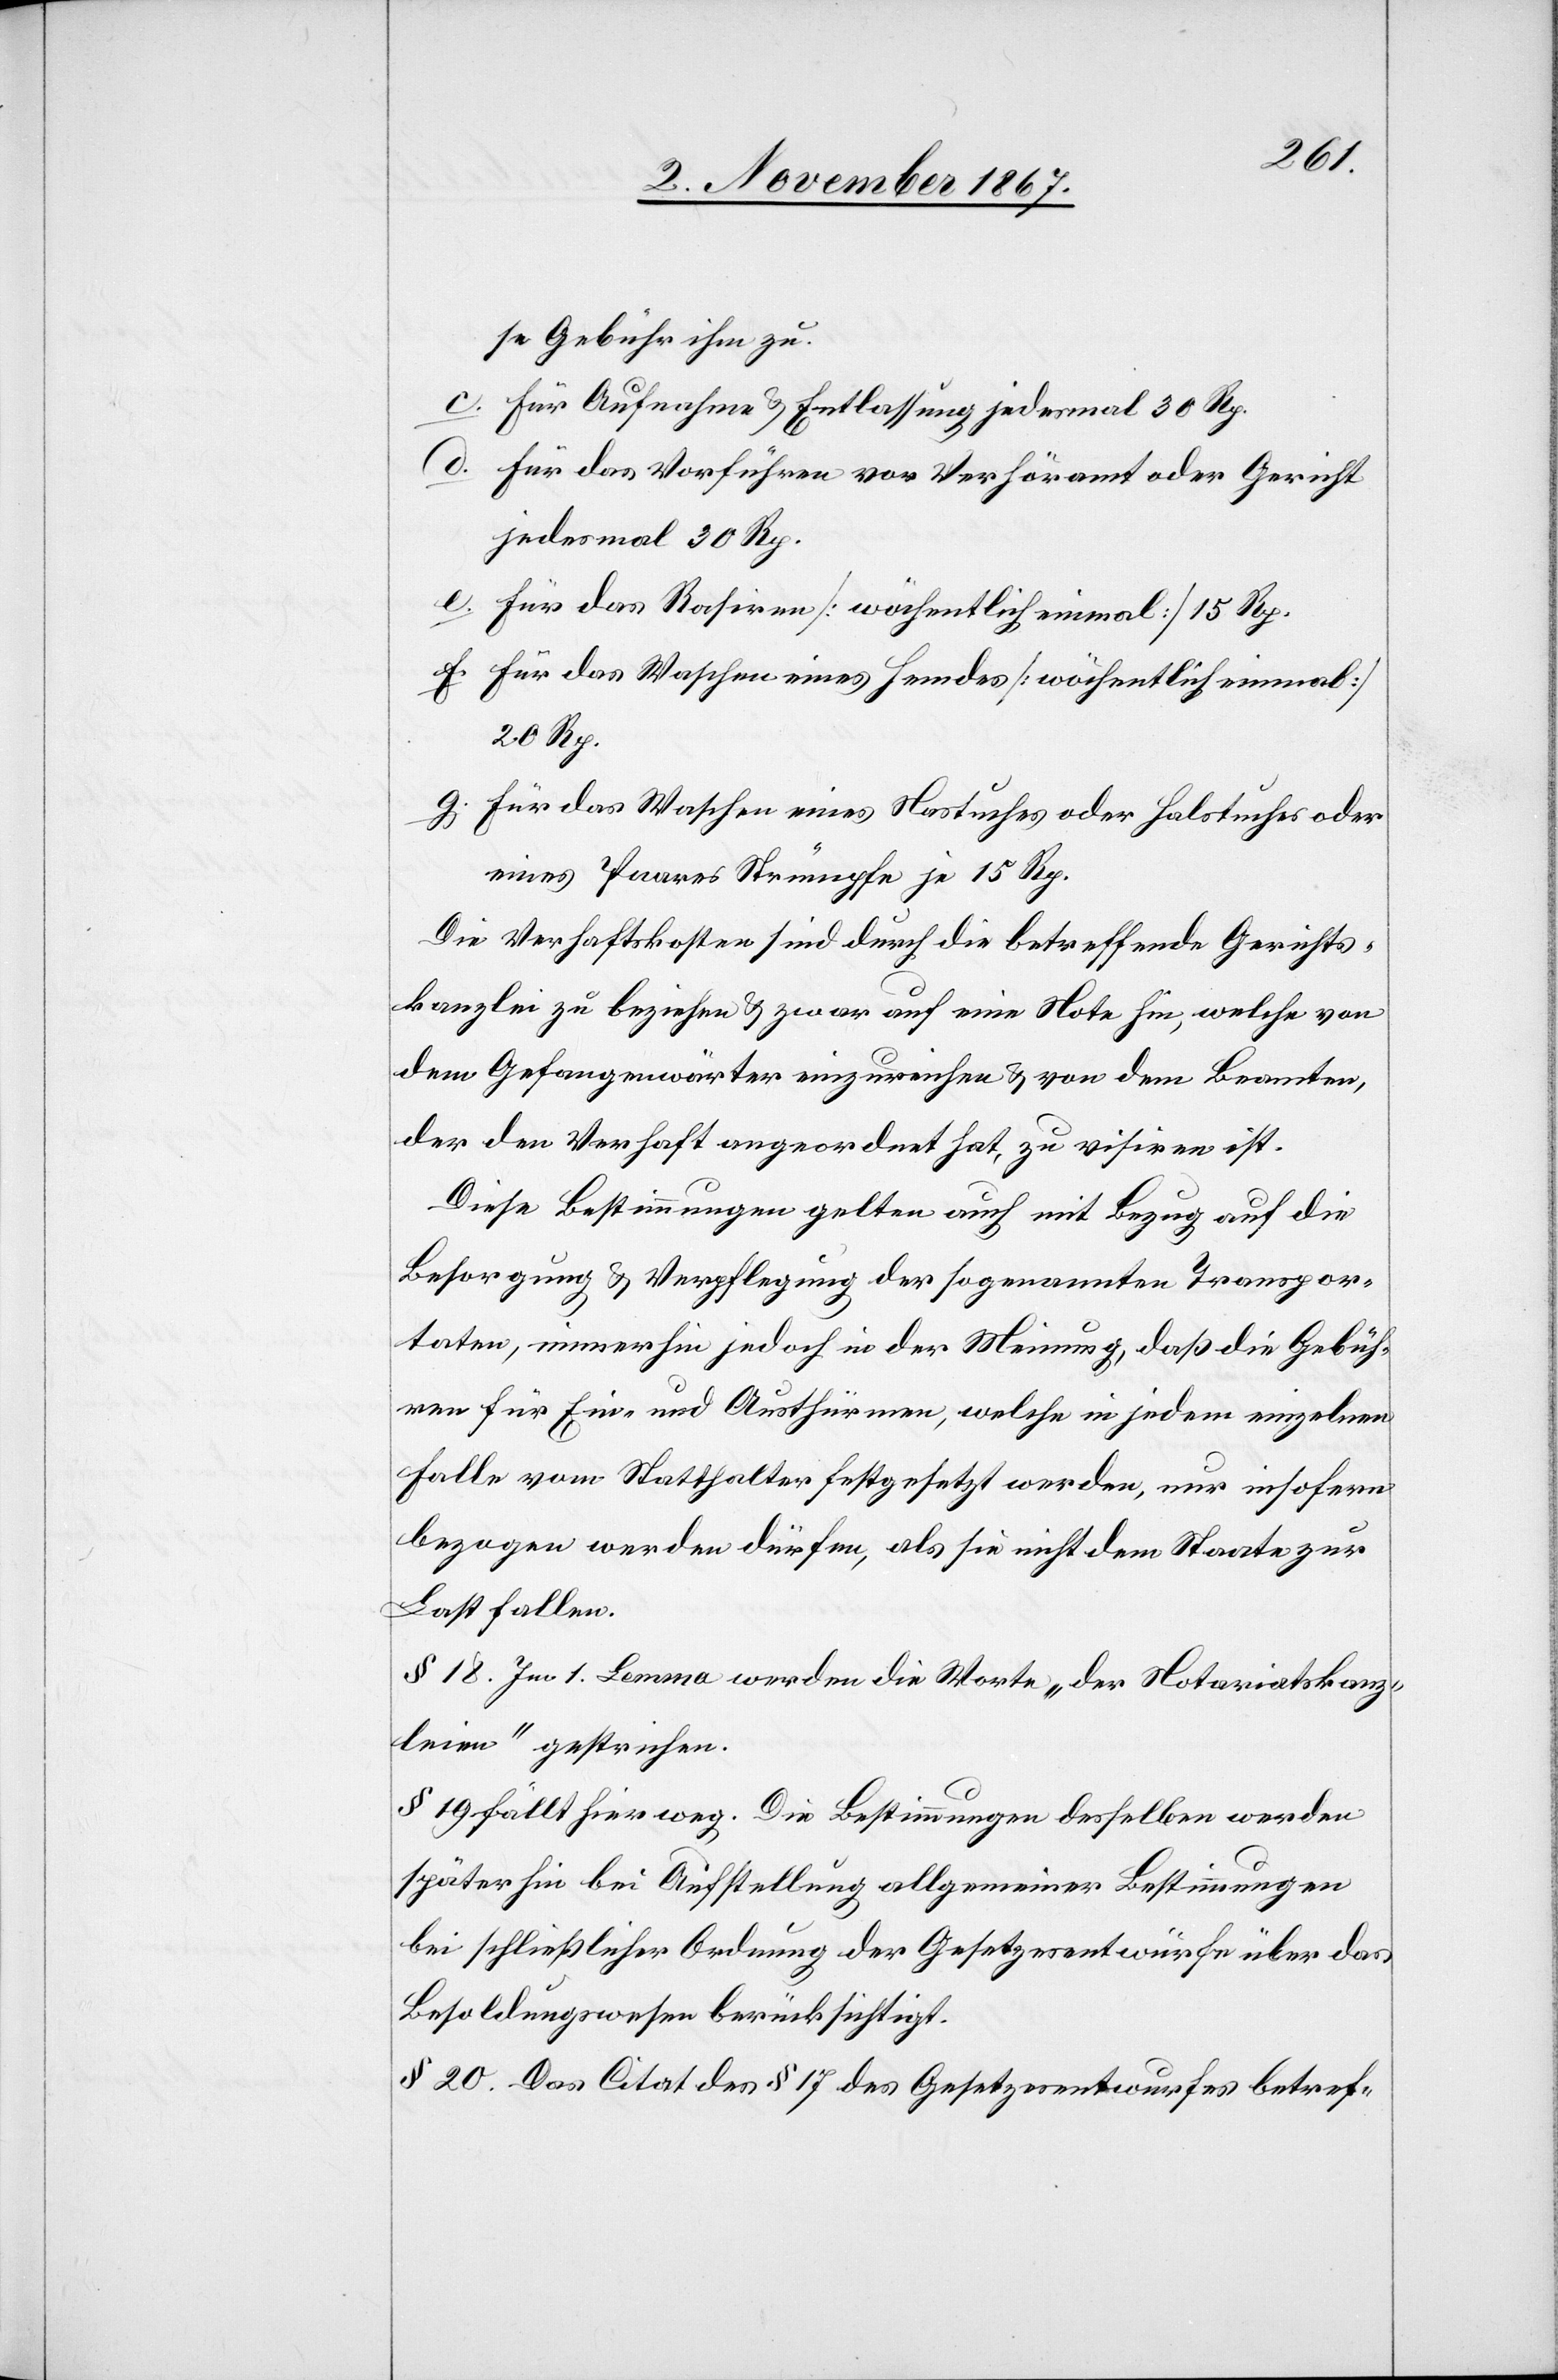
se Gebühr ihm zu.
c. Für Aufnahme u. Entlassung jedesmal 30 Rp.
d. Für das Vorführen vor Verhöramt oder Gericht
jedesmal 30 Rp.
f. Für das Waschen eines Hemdes [wöchentlich einmal]
20 Rp.
g. Für das Waschen eines Nastuches oder Halstuches oder
eines Paares Strümpfe je 15 Rp.
Die Verhaftskosten sind durch die betreffende Gerichts¬
kanzlei zu beziehen u. zwar auf eine Note hin, welche von
dem Gefangenwärter einzureichen u. von dem Beamten,
der den Verhaft angeordnet hat, zu visiren ist.
Diese Bestimmungen gelten auch mit Bezug auf die
Besorgung u. Verpflegung der sogenannten Transpor¬
taten, immerhin jedoch in der Meinung, daß die Gebüh¬
ren für Ein- und Austhürmen, welche in jedem einzelnen
Falle vom Statthalter festgesetzt werden, nur insofern
bezogen werden dürfen, als sie nicht dem Staate zur
Last fallen.
§ 18. Im 1. lemma werden die Worte „der Notariatskanz¬
leien“ gestrichen.
§ 19 fällt hier weg. Die Bestimmungen desselben werden
später hin bei Aufstellung allgemeiner Bestimmungen
bei schließlicher Ordnung der Gesetzesentwürfe über das
Besoldungswesen berücksichtigt.
§ 20. Das Citat des § 17 des Gesetzesentwurfes betref-